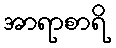
အာရာစာရိ